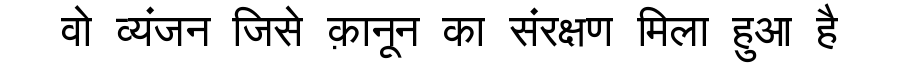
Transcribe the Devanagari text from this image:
वो व्यंजन जिसे क़ानून का संरक्षण मिला हुआ है